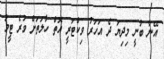
އޭނާ ބުނީ މިދިޔަ ދެ އަހަރު ވިކްޓަރީ އޮތް ހާލަތަށް ވުރެ ޓީމު